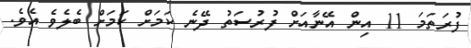
ފުރަތަމަ 11 އިން އޭނާއަށް ފުރުސަތު ދޭނެ ކަމަށް ކަމަށް ބެލެވެ އެވެ.